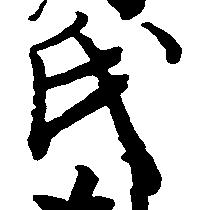
氏